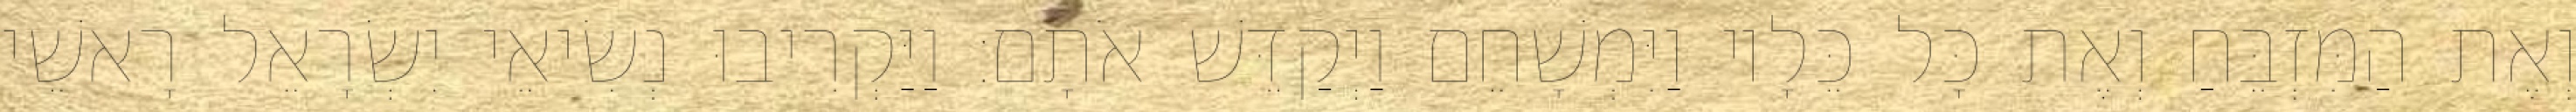
וְאֶת הַמִּזְבֵּחַ וְאֶת כָּל כֵּלָיו וַיִּמְשָׁחֵם וַיְקַדֵּשׁ אֹתָם׃ וַיַּקְרִיבוּ נְשִׂיאֵי יִשְׂרָאֵל רָאשֵׁי